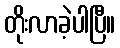
တိုးလာခဲ့ပါပြီ။